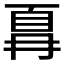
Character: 𫠵